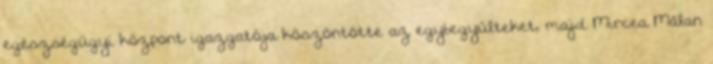
egészségügyi központ igazgatója köszöntötte az egybegyűlteket, majd Mircea Mălan